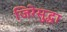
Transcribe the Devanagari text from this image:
जिरेसुद्धा